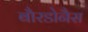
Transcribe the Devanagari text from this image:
बौरडोनैस